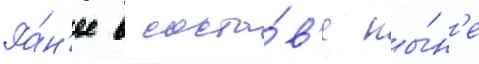
Ра́н'ее в соста́в'е ны́н'е